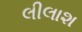
લીલાશ